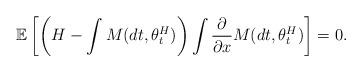
LaTeX: \begin{align*}\mathbb{E}\left[ \left( H - \int M(dt,\theta^H_t)\right)\int \frac{\partial}{\partial x} M(dt,\theta^H_t) \right] =0. \end{align*}